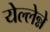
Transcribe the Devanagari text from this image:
येल्लेन्ने